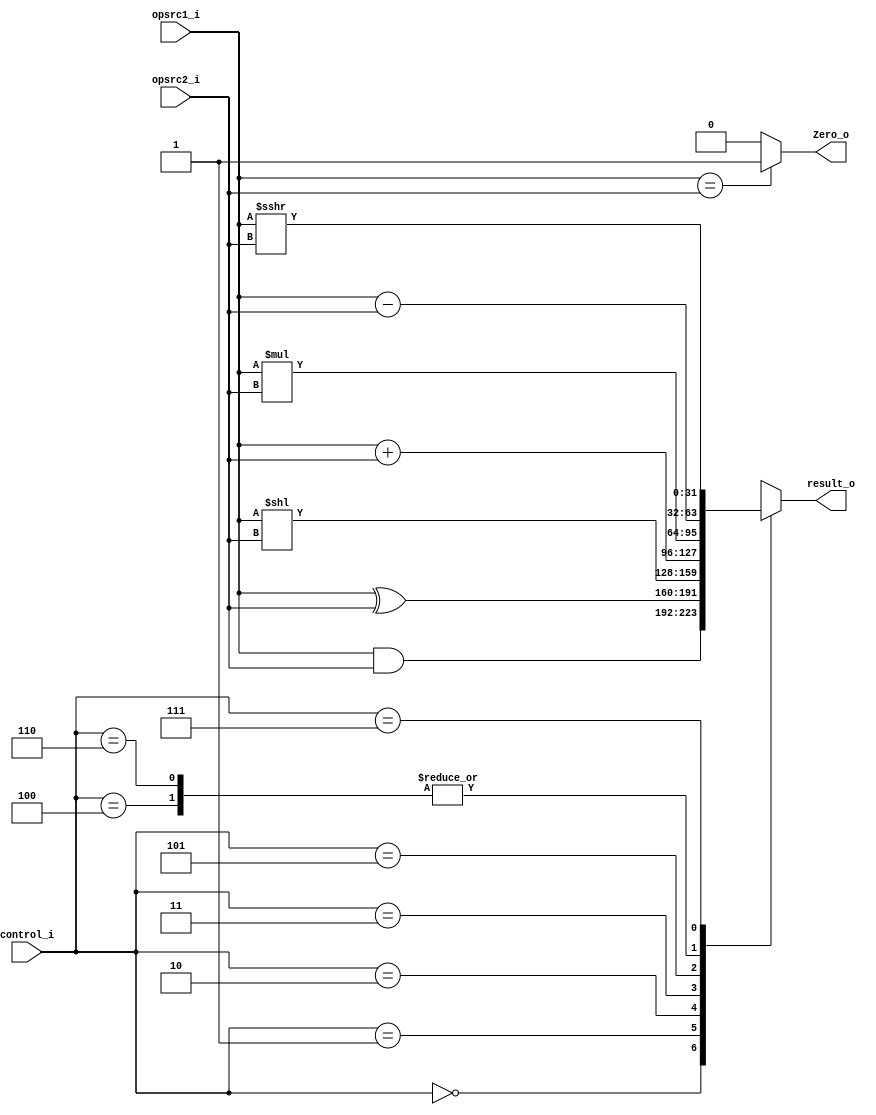
module ALU
(
	opsrc1_i,
	opsrc2_i,
	control_i,
	result_o,
	Zero_o
);

input [31:0]			opsrc1_i;
input [31:0]			opsrc2_i;
input [2:0]				control_i;
output reg [31:0]		result_o;
output					Zero_o;

always @(*) begin
	case (control_i)
		3'b000:			// and
			result_o <= opsrc1_i & opsrc2_i;

		3'b001:			// xor
			result_o <= opsrc1_i ^ opsrc2_i;

		3'b010:			// sll
			result_o <= opsrc1_i << opsrc2_i;

		3'b011:			// add
			result_o <= opsrc1_i + opsrc2_i;

		3'b100:			// sub
			result_o <= opsrc1_i - opsrc2_i;

		3'b101:			// mul
			result_o <= opsrc1_i * opsrc2_i;
		
		3'b110:			// beq
			result_o <= opsrc1_i - opsrc2_i;

		3'b111:			// srai
			result_o <= opsrc1_i >>> opsrc2_i;
		default: result_o <= 32'b0;
	endcase
end

assign Zero_o = (opsrc1_i == opsrc2_i) ? (1) : (0);

endmodule